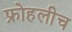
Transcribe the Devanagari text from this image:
फ्रोहलीच